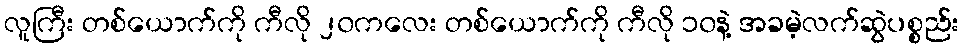
လူကြီး တစ်ယောက်ကို ကီလို ၂၀ကလေး တစ်ယောက်ကို ကီလို ၁၀နဲ့ အခမဲ့လက်ဆွဲပစ္စည်း